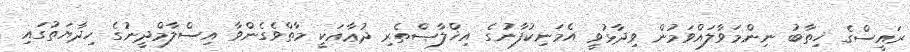
ރައީސްގެ ޚިތާބު ނިންމަވާލައްވަމުން ވިދާޅުވީ އެމަނިކުފާނުގެ އިޚްލާޞްތެރި ދުޢާއަކީ މާތްވެގެންވާ އިސްލާމްދީނުގެ ހިދާޔަތުގައި